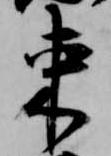
束